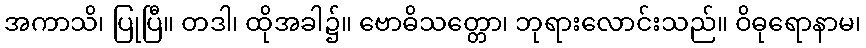
အကာသိ၊ ပြုပြီ။ တဒါ၊ ထိုအခါ၌။ ဗောဓိသတ္တော၊ ဘုရားလောင်းသည်။ ဝိဓုရောနာမ၊